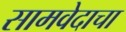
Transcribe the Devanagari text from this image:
सामवेदाचा